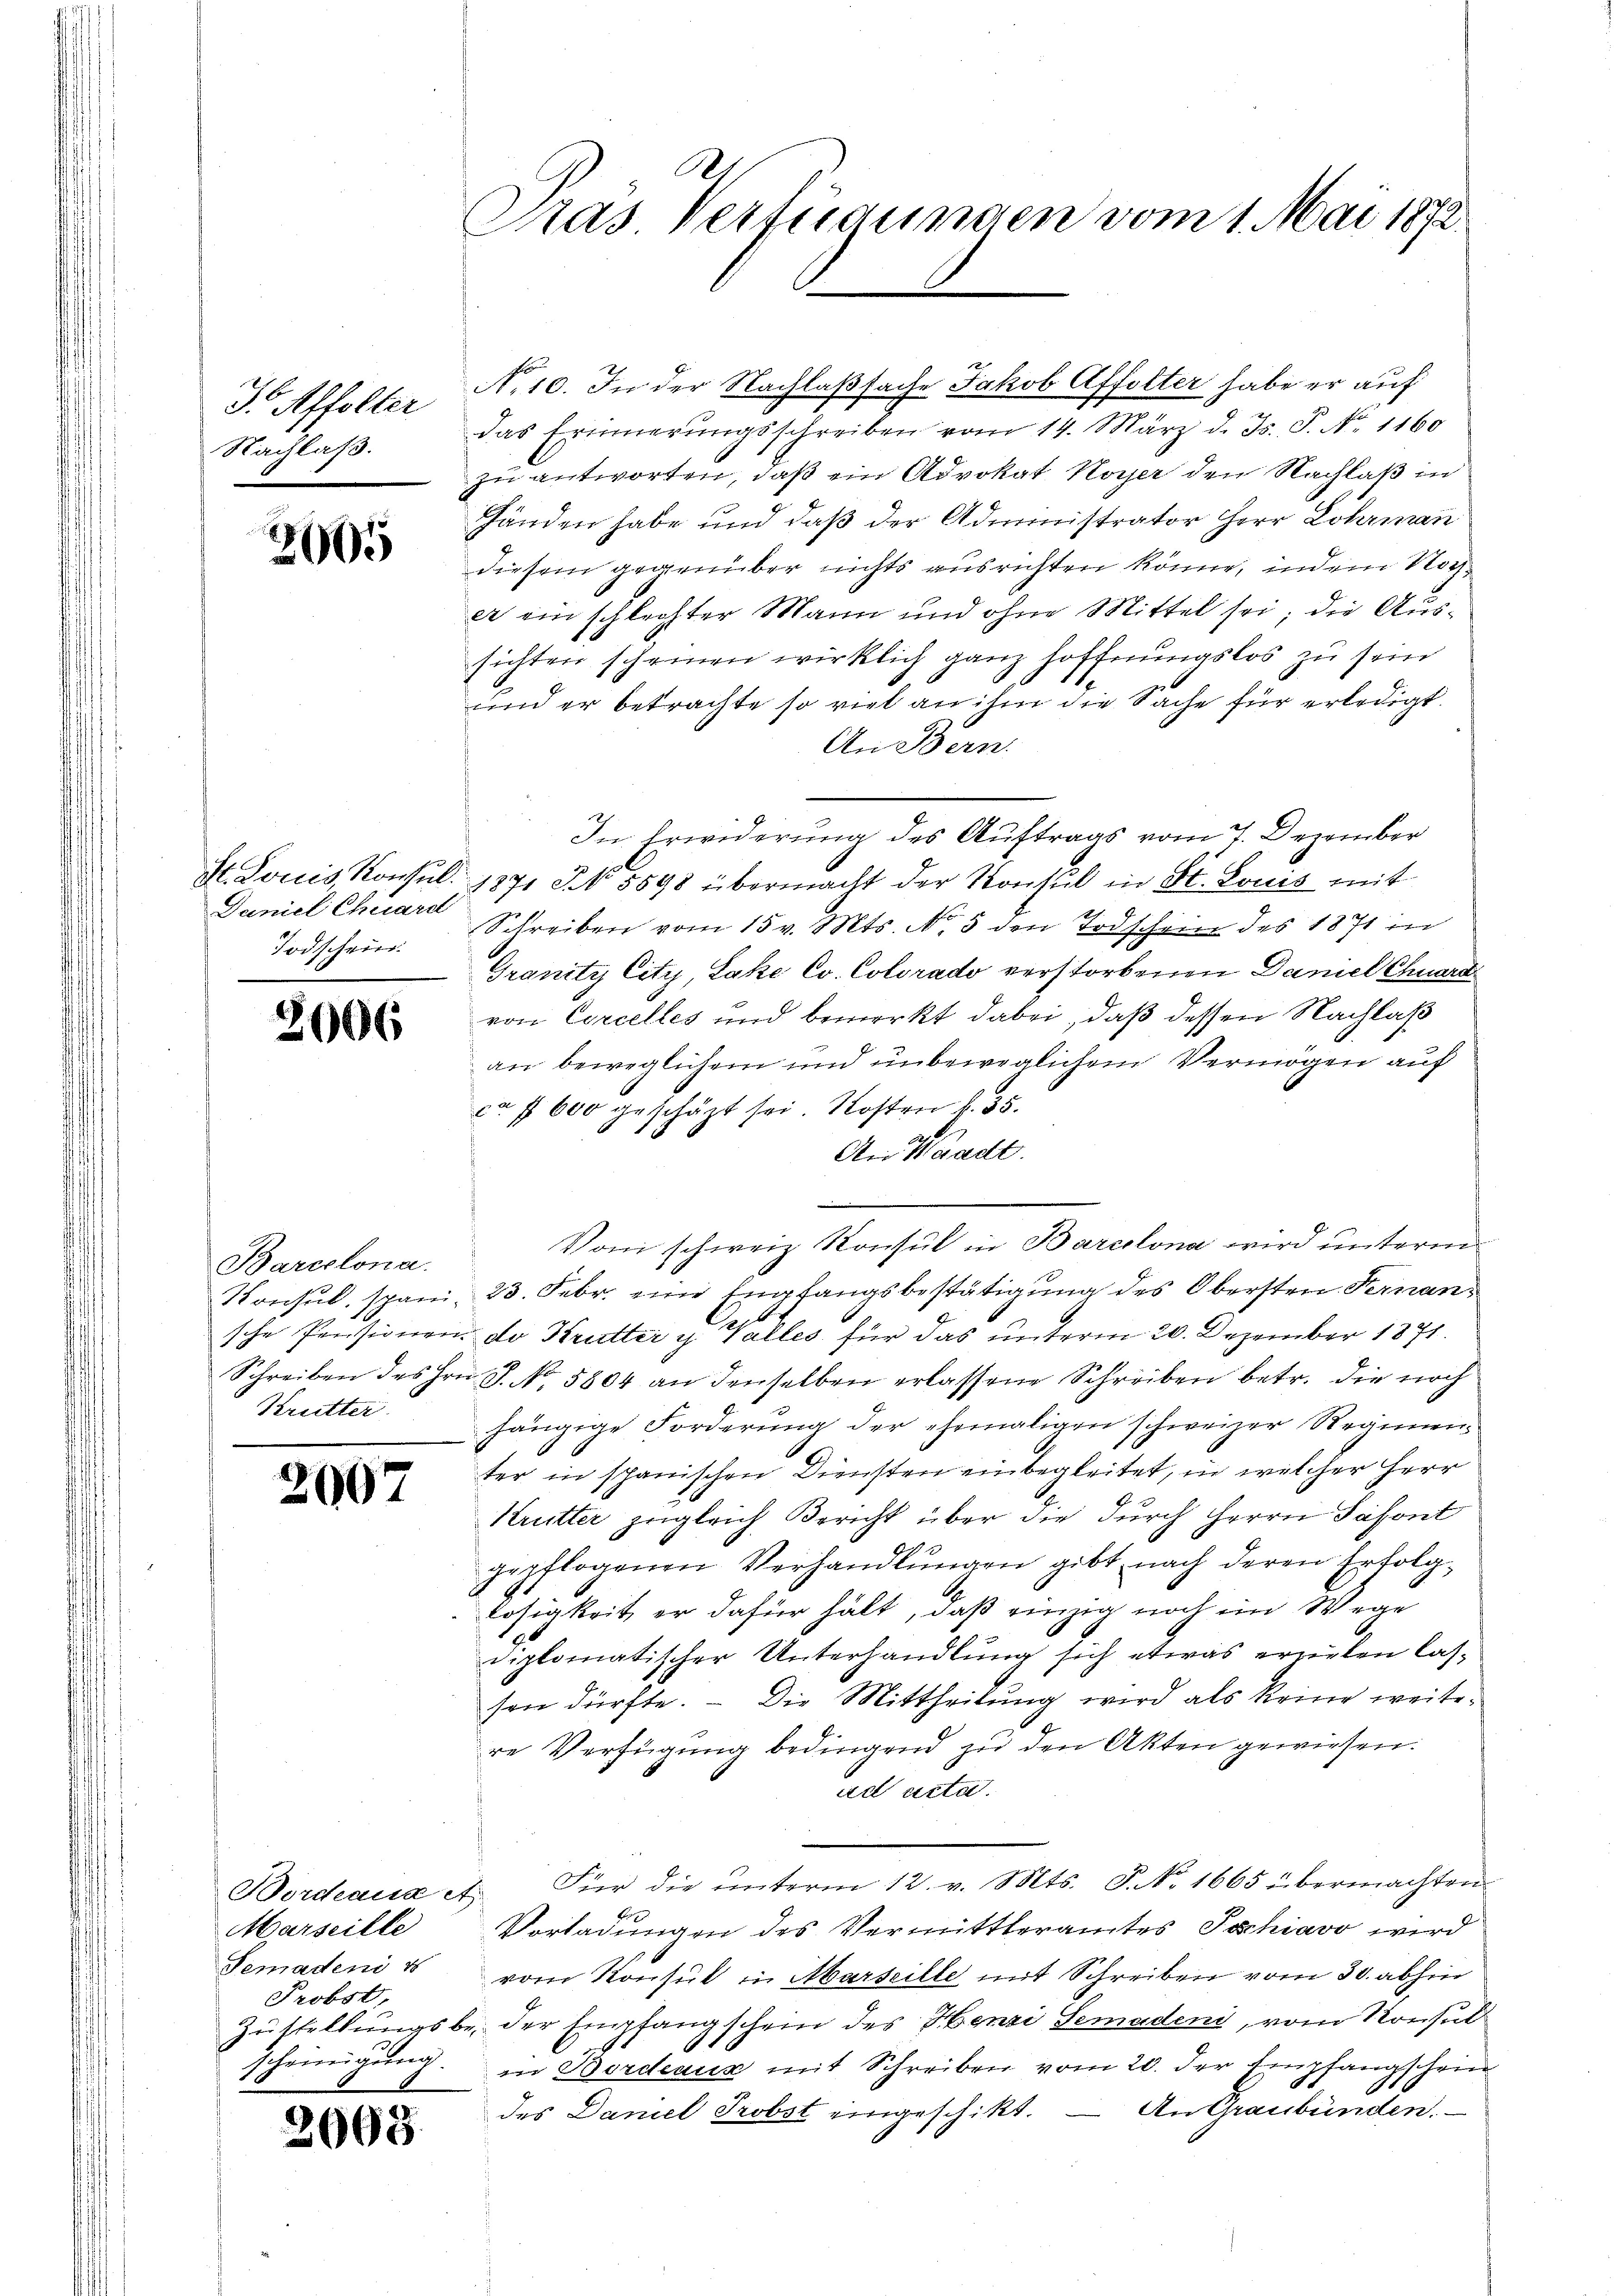
J. Affolter
Nachlaß.

2605

Daniel Chuard
Todschein.

3006

Barcelona.
Konsul, spani-
sche Pensionen
Krutter.

2007

Marseille
Semadens 4
Probst,
scheinigung.

2003.

Pas Verfügungen vom 1. Mai 1872

das Erinnerungsschreiben vom 14. März d. Js. P. Nr. 1160
zu antworten, daß ein Advokat Hoyer den Nachlaß in
Händen habe und daß der Administrator Herr Lohrman
diesem gegenüber nichts ausrichten könne, indem Nacher ein schlechter Mann und ohne Mittel sei; die Aussichten scheinen wirklich ganz Hoffnungslos zu sein
und er betrachte so viel an ihm die Sache für erledigt.
An Bern.
St. Louis Konsul. 1871 NNo. 5598 übermacht der Konsul in St. Louis mit
Schreiben vom 15 v. Mts. N. 3 den Todschein des 1871 in
Granity City, Lake Co. Colorado verstorbenen Daniel Chuard
von Corcelles und bemerkt dabei, daß dessen Nachlaß
an beweglichem und unbeweglichem Vermögen auf
ca f 600 geschäzt sei. Kosten f. 35.
An Waadt.
23. Febr. eine Empfangsbestätigung des Obersten Fernando Krutter u. Valles für das unterm 20. Dezember 1891
Schreiben des Hrn. J. No. 5804 an denselben erlassene Schreiben betr. die noch
hängige Forderung der ehemaligen schweizer Regimen-
ter in spanischen Diensten einbegleitet, in welcher Herr
Krutter zugleich Bericht über die durch Herrn Pasont
gepflogenen Verhandlŭngen gibt nach deren Erfolg-
losigkeit er dafür hält, daß einzig noch im Wege
diplomatischer Unterhandlung sich etwas ergeben lassen dürfte. - Die Mittheilung wird als keine weitere Verfügung bedingend zu den Akten gewiesen.
ad acta.
Bordeaux et. Für die ŭnterm 12. v. Mts. S. No. 1665 übermachten
Pr
Vorladungen des Vermittleramtes Jochiavo wird
vom Konsul in Marseille mit Schreiben vom 30. abhin
Zustellungsbe, der Empfangschein des Henzi Semadeni, vom Konsul
in Bordeaux mit Schreiben vom 20. der Empfangschein
des Daniel Probst eingeschikt. — An Graubünden.

N.10. In der Nachlaßsache Jakob Affolter habe er auf

In Erwiderung des Auftrags vom 7. Dezember

Vom schweiz. Konsul in Barcelona wird unterm